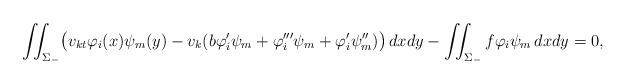
LaTeX: \begin{align*}\iint_{\Sigma_-} \bigl(v_{kt}\varphi_i(x)\psi_m(y) -v_k(b\varphi_i'\psi_m+\varphi'''_i\psi_m +\varphi'_i\psi''_m)\bigr)\,dxdy - \iint_{\Sigma_-} f\varphi_i\psi_m\,dxdy=0,\end{align*}